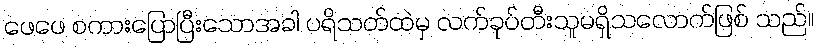
ဖေဖေ စကားပြောပြီးသောအခါ ပရိသတ်ထဲမှ လက်ခုပ်တီးသူမရှိသလောက်ဖြစ် သည်။